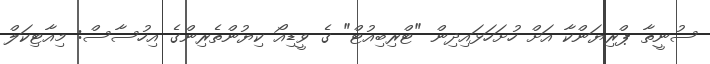
ސުނީތާ ޕްރިޔަންކާ އަށް ހުށަހަޅައިދިން "ޓްރިބިއުޓް" ގެ ވީޑިއޯ ކިޔުންތެރިންގެ އިހުސާސް: މިއާޓިކަލް